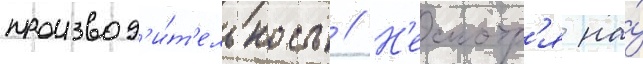
производ'и́т'ельность // Н'есмотр'я на́